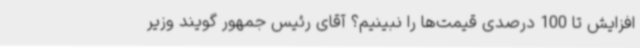
افزایش تا 100 درصدی قیمت‌ها را نبینیم؟ آقای رئیس جمهور گویند وزیر